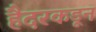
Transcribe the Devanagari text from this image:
हैदरकडून